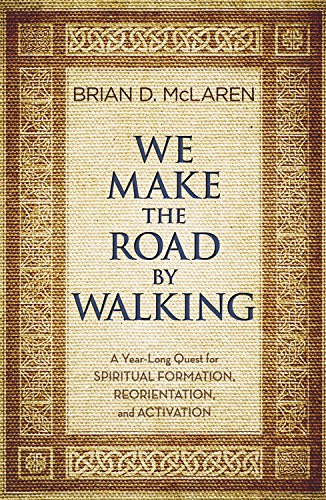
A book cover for We Make the Road by Walking: A Year-Long Quest for Spiritual Formation, Reorientation, and Activation; Brian D. McLaren; Christian Books & Bibles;